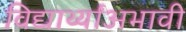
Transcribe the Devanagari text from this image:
विद्यार्थ्यांअभावी